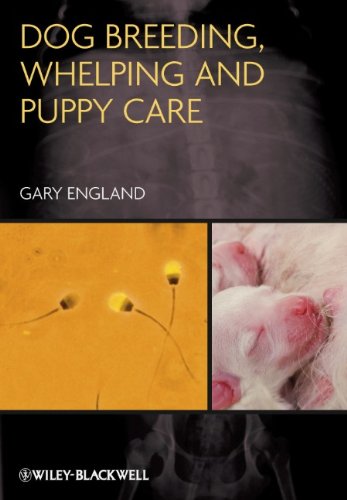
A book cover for Dog Breeding, Whelping and Puppy Care; Gary England; Medical Books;